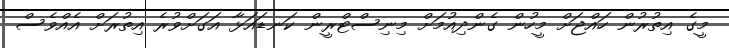
މީގެ އިތުރުން ހައްޖަށް މީހުން ގެންދިއުމަށް މިނިސްޓްރީން ކަނޑައަޅާ އަގަށްވުރެ އިތުރަށް އެއްވެސް